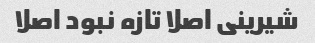
شیرینی اصلا تازه نبود اصلا